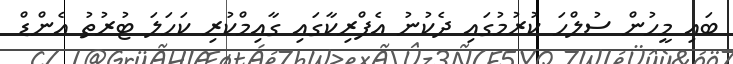
ބައި މީހުން ސުލްހަ ކުރުމުގައި ދެކުނު އެފްރިކާގައި ގާއިމްކުރި ކަހަލަ ޓުރުތު އެންޑް